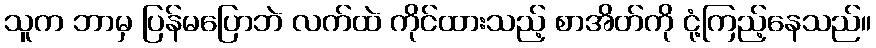
သူက ဘာမှ ပြန်မပြောဘဲ လက်ထဲ ကိုင်ထားသည့် စာအိတ်ကို ငုံ့ကြည့်နေသည်။